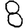
Digit: 8